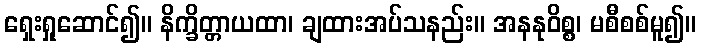
ရှေးရှုဆောင်၍။ နိက္ခိတ္တာယထာ၊ ချထားအပ်သနည်း။ အနနုဝိစ္စ၊ မစီစစ်မူ၍။